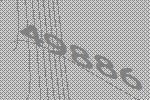
49886